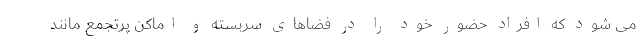
می شود که افراد حضور خود را در فضاهای سربسته و اماکن پرتجمع مانند